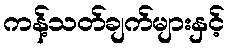
ကန့်သတ်ချက်များနှင့်